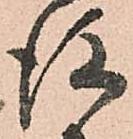
後